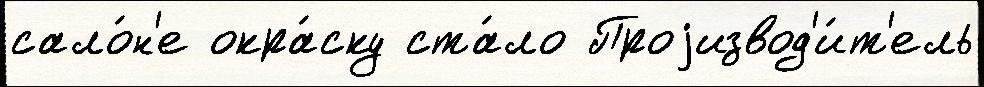
сало́н'е окра́ску ста́ло Проjизвод'и́т'ель